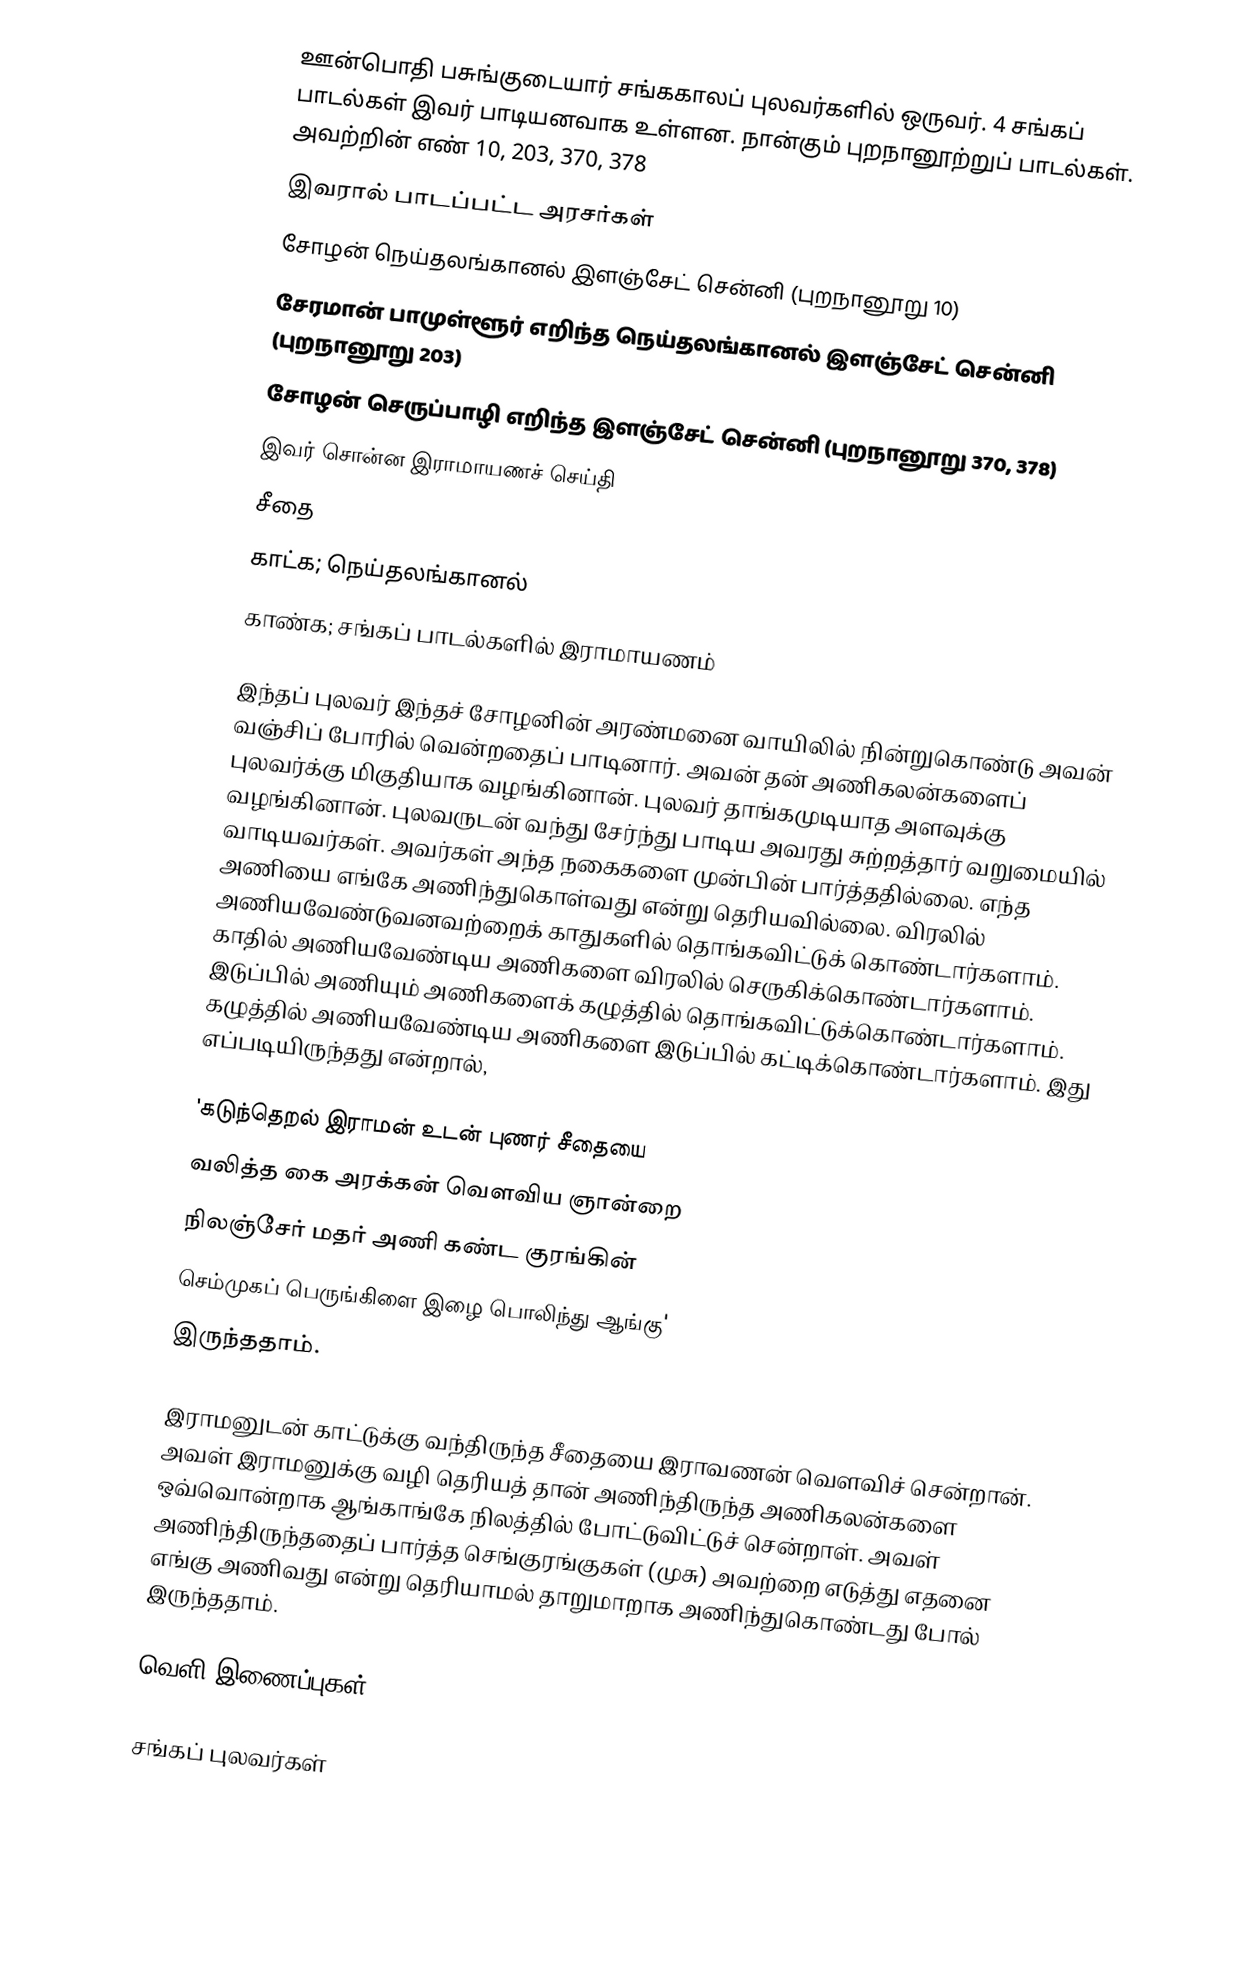
ஊன்பொதி பசுங்குடையார் சங்ககாலப் புலவர்களில் ஒருவர். 4 சங்கப் பாடல்கள் இவர் பாடியனவாக உள்ளன. நான்கும் புறநானூற்றுப் பாடல்கள். அவற்றின் எண் 10, 203, 370, 378
இவரால் பாடப்பட்ட அரசர்கள்
சோழன் நெய்தலங்கானல் இளஞ்சேட் சென்னி (புறநானூறு 10)
சேரமான் பாமுள்ளூர் எறிந்த நெய்தலங்கானல் இளஞ்சேட் சென்னி (புறநானூறு 203)
சோழன் செருப்பாழி எறிந்த இளஞ்சேட் சென்னி (புறநானூறு 370, 378)
இவர் சொன்ன இராமாயணச் செய்தி
சீதை
 காட்க; நெய்தலங்கானல்
 காண்க; சங்கப் பாடல்களில் இராமாயணம்

இந்தப் புலவர் இந்தச் சோழனின் அரண்மனை வாயிலில் நின்றுகொண்டு அவன் வஞ்சிப் போரில் வென்றதைப் பாடினார். அவன் தன் அணிகலன்களைப் புலவர்க்கு மிகுதியாக வழங்கினான். புலவர் தாங்கமுடியாத அளவுக்கு வழங்கினான். புலவருடன் வந்து சேர்ந்து பாடிய அவரது சுற்றத்தார் வறுமையில் வாடியவர்கள். அவர்கள் அந்த நகைகளை முன்பின் பார்த்ததில்லை. எந்த அணியை எங்கே அணிந்துகொள்வது என்று தெரியவில்லை. விரலில் அணியவேண்டுவனவற்றைக் காதுகளில் தொங்கவிட்டுக் கொண்டார்களாம். காதில் அணியவேண்டிய அணிகளை விரலில் செருகிக்கொண்டார்களாம். இடுப்பில் அணியும் அணிகளைக் கழுத்தில் தொங்கவிட்டுக்கொண்டார்களாம். கழுத்தில் அணியவேண்டிய அணிகளை இடுப்பில் கட்டிக்கொண்டார்களாம். இது எப்படியிருந்தது என்றால்,

'கடுந்தெறல் இராமன் உடன் புணர் சீதையை
வலித்த கை அரக்கன் வௌவிய ஞான்றை
நிலஞ்சேர் மதர் அணி கண்ட குரங்கின்
செம்முகப் பெருங்கிளை இழை பொலிந்து ஆங்கு'
இருந்ததாம்.

இராமனுடன் காட்டுக்கு வந்திருந்த சீதையை இராவணன் வௌவிச் சென்றான். அவள் இராமனுக்கு வழி தெரியத் தான் அணிந்திருந்த அணிகலன்களை ஒவ்வொன்றாக ஆங்காங்கே நிலத்தில் போட்டுவிட்டுச் சென்றாள். அவள் அணிந்திருந்ததைப் பார்த்த செங்குரங்குகள் (முசு) அவற்றை எடுத்து எதனை எங்கு அணிவது என்று தெரியாமல் தாறுமாறாக அணிந்துகொண்டது போல் இருந்ததாம்.

வெளி இணைப்புகள்

சங்கப் புலவர்கள்